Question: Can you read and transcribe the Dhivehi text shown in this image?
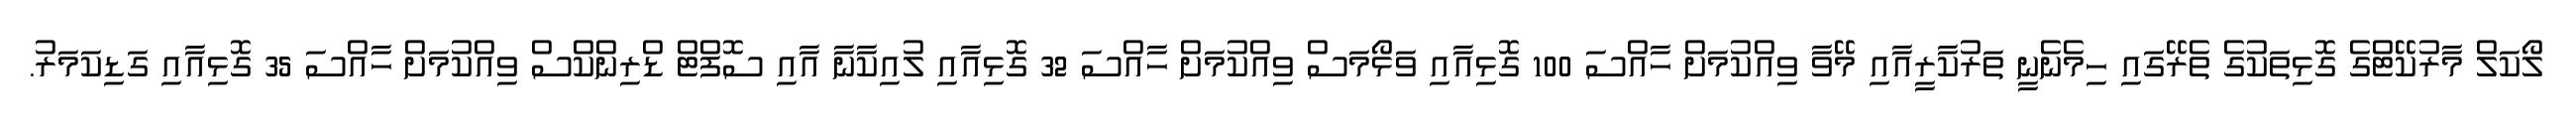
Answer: ލޯކަލް މާރުކޭޓްގެ ގޮޅިތަކުގެ ތެރޭގައި ހިމެނެނީ ތަރުކާރީއާއި މޭވާ ވިއްކުމަށް ހާއްސަ 100 ގޮޅިއާއި ވަޅޯމަސް ވިއްކުމަށް ހާއްސަ 32 ގޮޅިއާއި ލުއިކާނާ އާއި ސޮފްޓް ޑްރިންކްސް ވިއްކުމަށް ހާއްސަ 35 ގޮޅިއާއި ގަޑިކަމަރު.